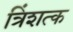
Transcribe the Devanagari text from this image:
त्रिंशत्क